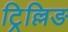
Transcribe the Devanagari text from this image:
ट्रिल्लिङ